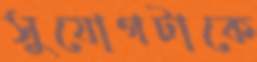
সুযোগটাকে